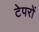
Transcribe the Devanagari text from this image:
टेपरों